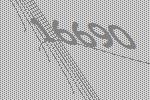
16690